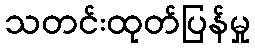
သတင်းထုတ်ပြန်မှု